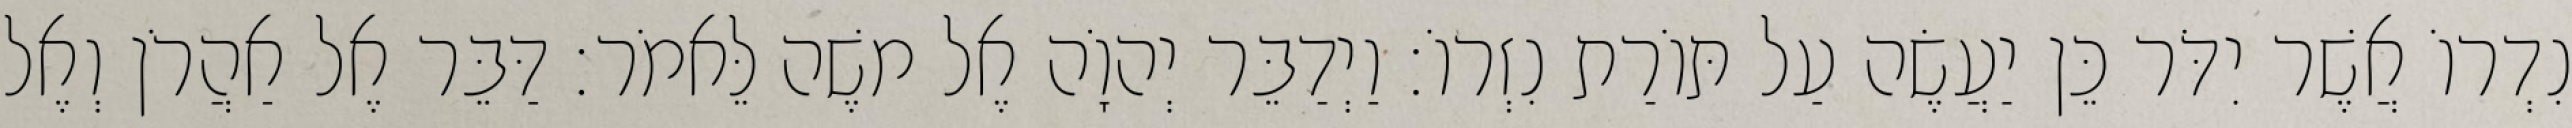
נִדְרוֹ אֲשֶׁר יִדֹּר כֵּן יַעֲשֶׂה עַל תּוֹרַת נִזְרוֹ׃ וַיְדַבֵּר יְהוָֹה אֶל משֶׁה לֵּאמֹר׃ דַּבֵּר אֶל אַהֲרֹן וְאֶל